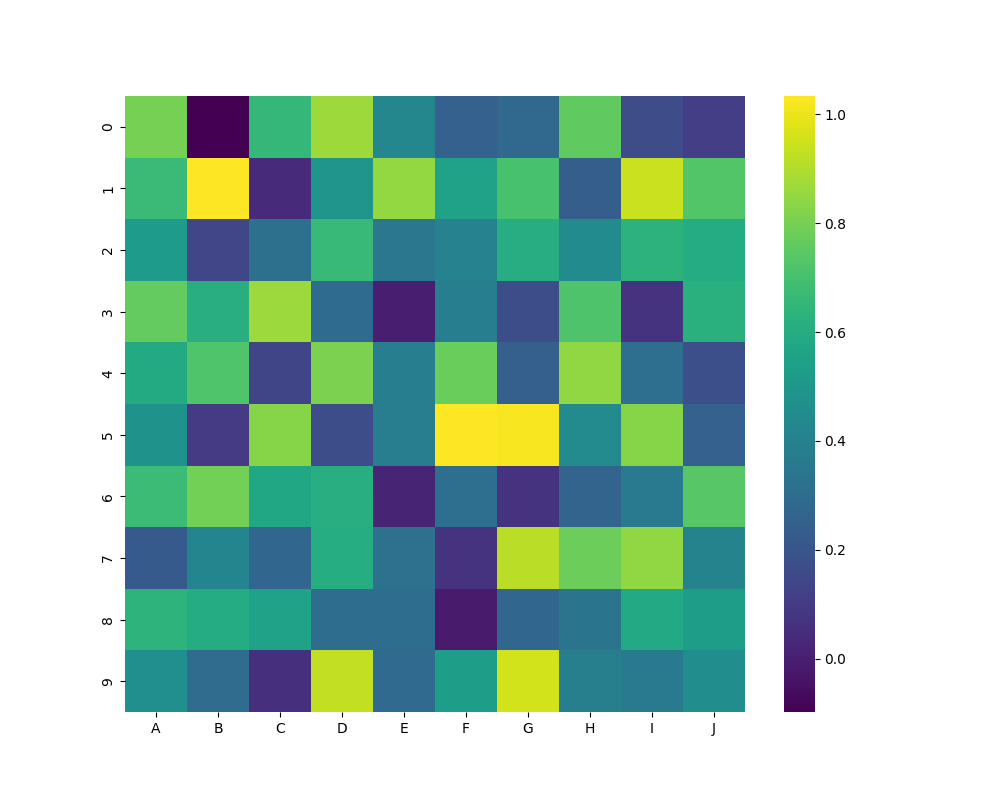
python, seaborn, heatmap, cmap='viridis', linewidths=0.0, center=none